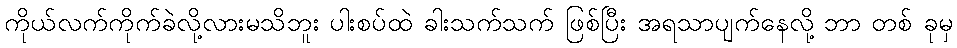
ကိုယ်လက်ကိုက်ခဲလို့လားမသိဘူး ပါးစပ်ထဲ ခါးသက်သက် ဖြစ်ပြီး အရသာပျက်နေလို့ ဘာ တစ် ခုမှ